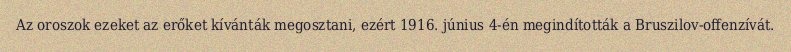
Az oroszok ezeket az erőket kívánták megosztani, ezért 1916. június 4-én megindították a Bruszilov-offenzívát.